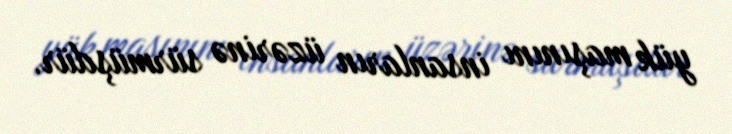
yük maşınını insanların üzərinə sürmüşdür.